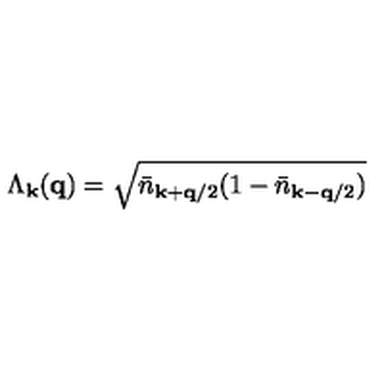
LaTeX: \Lambda _ { { \bf { k } } } ( { \bf { q } } ) = \sqrt { { \bar { n } } _ { { \bf { k } } + { \bf { q } } / 2 } ( 1 - { \bar { n } } _ { { \bf { k } } - { \bf { q } } / 2 } ) }